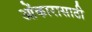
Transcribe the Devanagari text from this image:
ओंकारासाठी